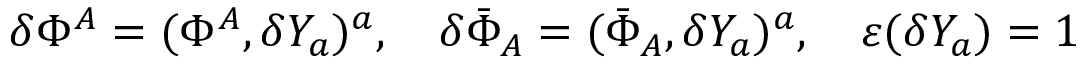
\delta \Phi ^ { A } = ( \Phi ^ { A } , \delta Y _ { a } ) ^ { a } , \quad \delta \bar { \Phi } _ { A } = ( \bar { \Phi } _ { A } , \delta Y _ { a } ) ^ { a } , \quad \varepsilon ( \delta Y _ { a } ) = 1